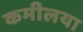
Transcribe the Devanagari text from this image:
कमीलया